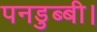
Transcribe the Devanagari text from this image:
पनडुब्‍बी।